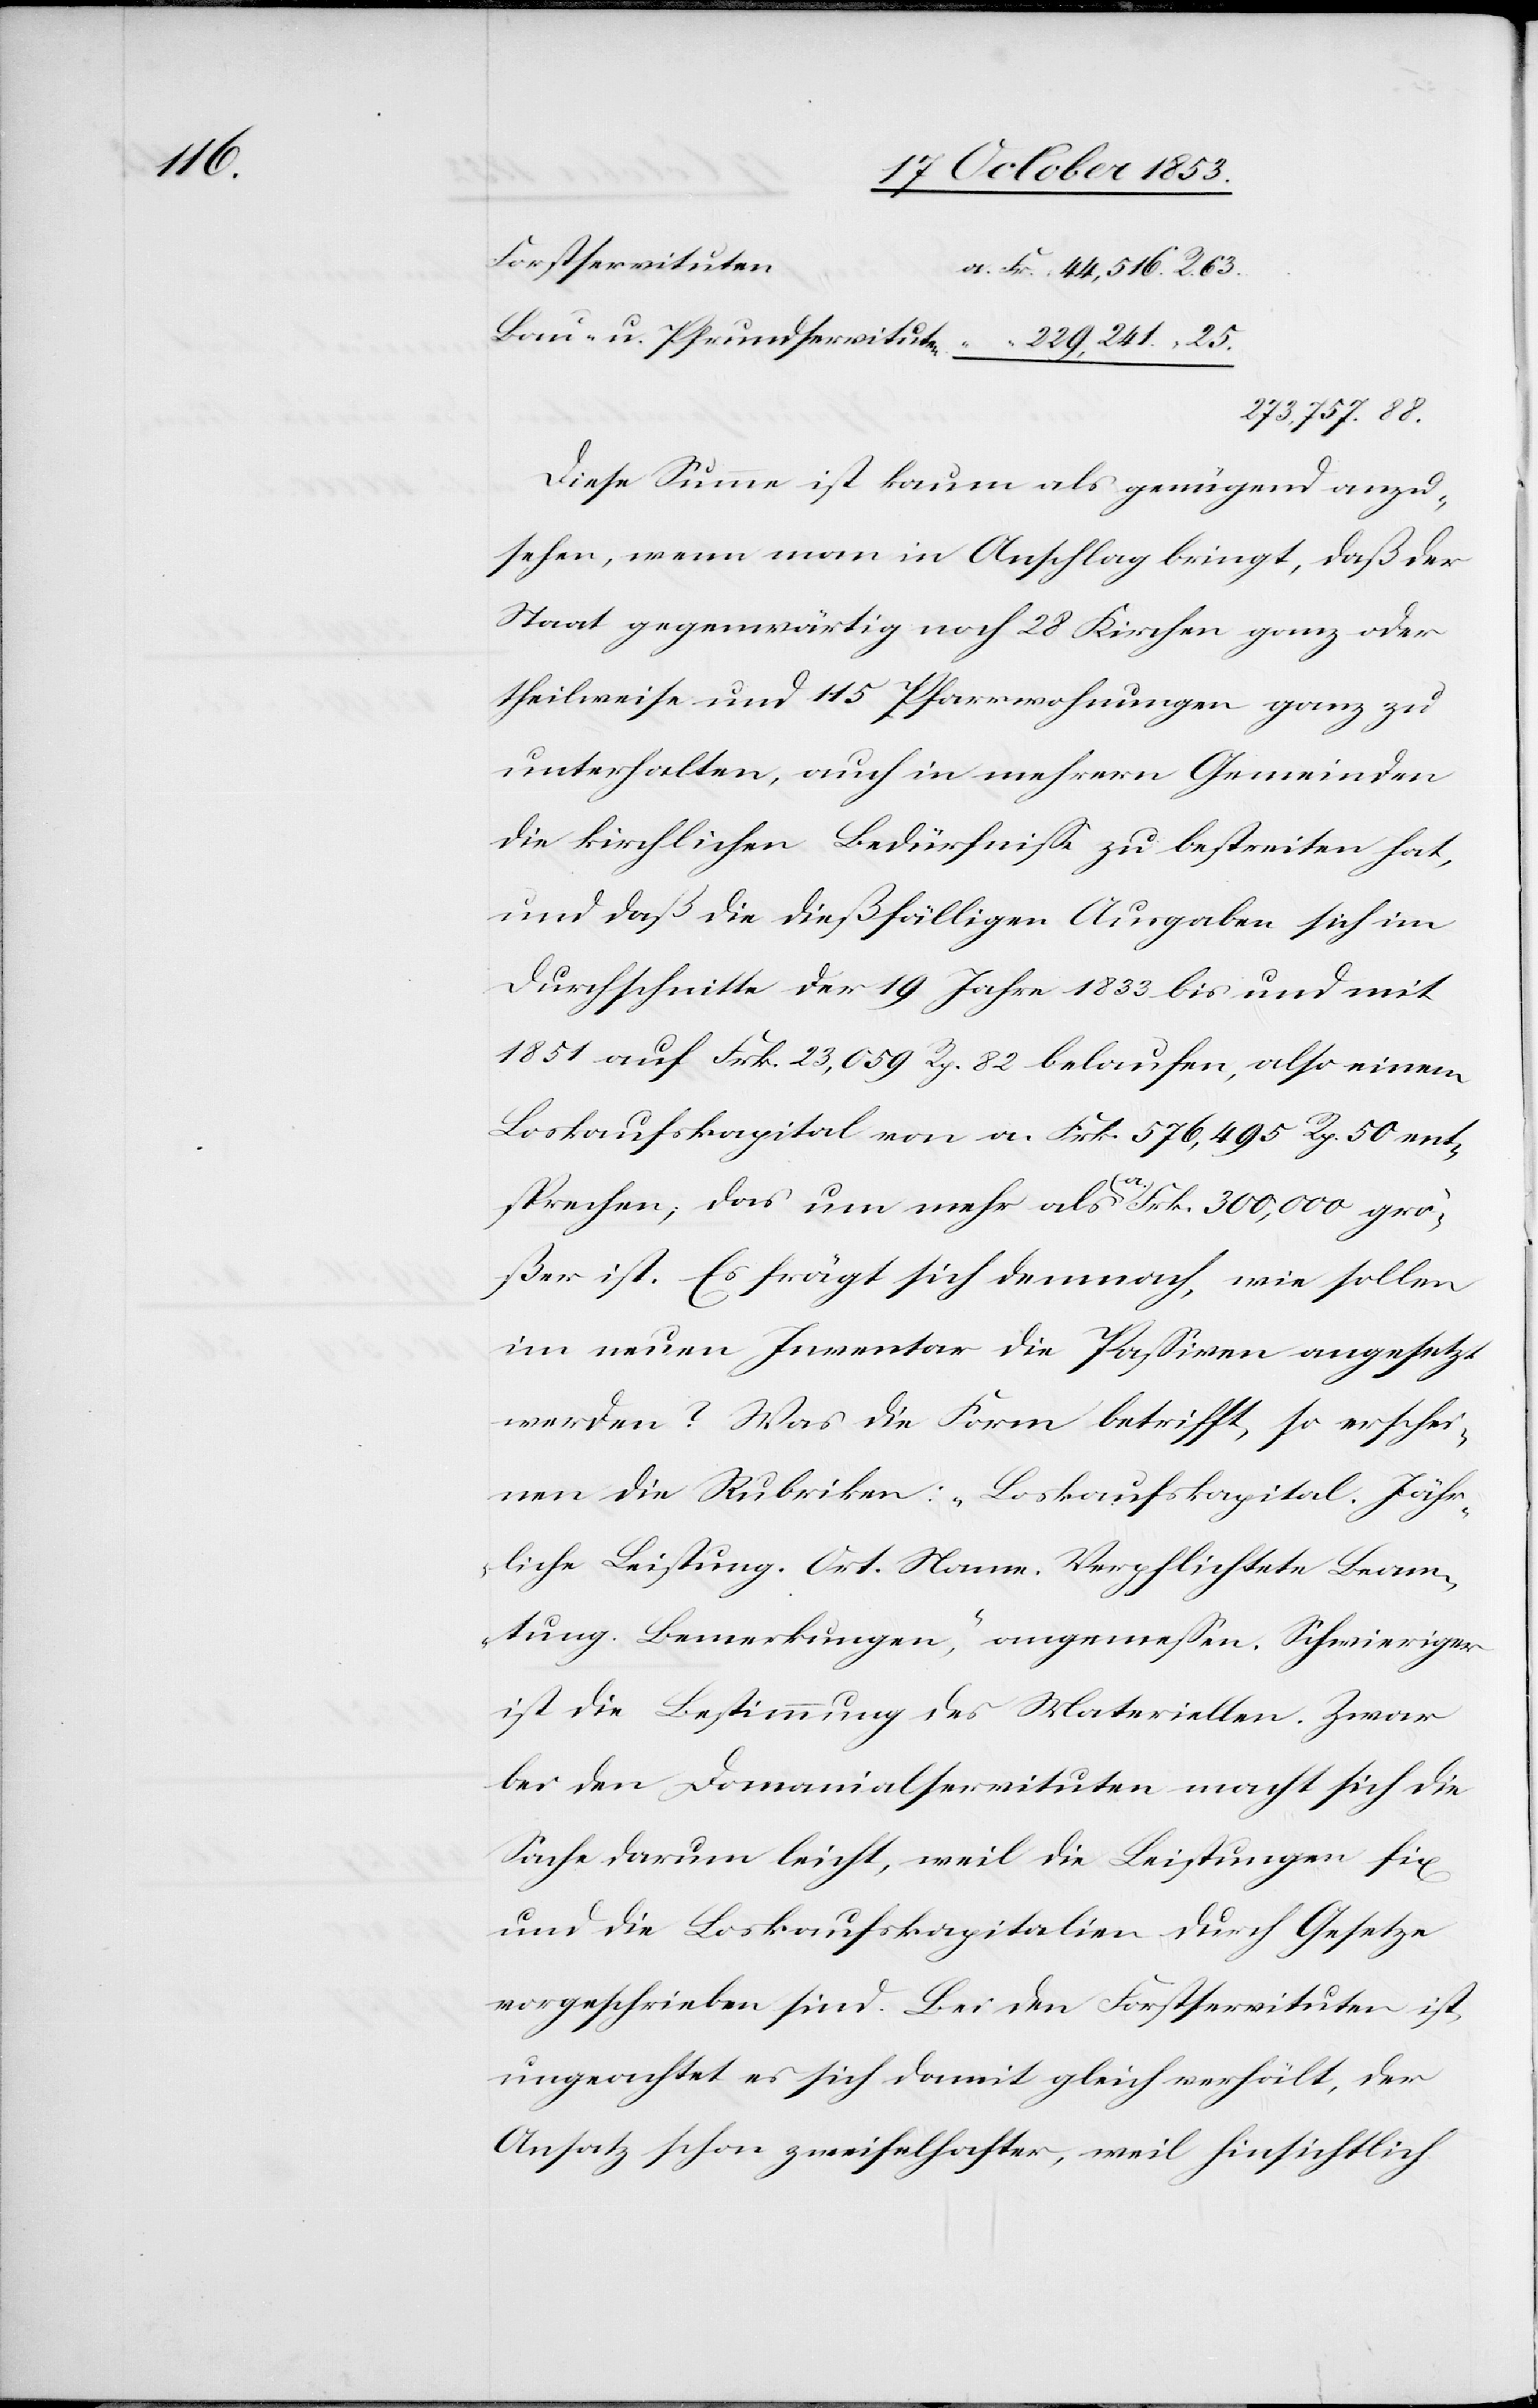
Fr	 44,516. R. 63
273,757. 88.
Diese Summe ist kaum als genügend anzu¬
sehen, wenn man in Anschlag bringt, daß der
Staat gegenwärtig noch Kirchen ganz oder
theilweise und 115 Pfarrwohnungen ganz u¬
nterhalten, auch in mehrern Gemeinden
die kirchlichen Bedürfniße zu bestreiten hat,
und daß die dießfälligen Ausgaben sich im
Durchschnitte der 19 Jahre 1833 bis und mit
1851 auf Frk. 23,059 Rp. 82 belaufen, also einem
Loskaufskapital von a. Frk. 576,495 Rp. 50 ent¬
sprechen, das um mehr als a. Frk. 300,000 grö¬
ßer ist. Es frägt sich demnach, wie sollen
im neuen Inventar die Paßiven angesetzt
werden? Was die Form betrifft, so erschei¬
nen die Rubriken: „Loskaufskapital. Jähr¬
liche Leistung. Ort. Name. Verpflichtete Beam¬
tung. Bemerkungen“, angemeßen. Schwieriger
ist die Bestimmung des Materiellen. Zwar
bei den Domanialservituten macht sich die
Sache darum leicht, weil die Leistungen fix
und die Loskaufskapitalien durch Gesetze
vorgeschrieben sind. Bei den Forstservituten ist,
ungeachtet es sich damit gleich verhält, der
Ansatz schon zweifelhafter, weil hinsichtlich